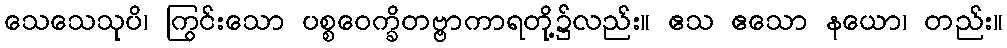
သေသေသုပိ၊ ကြွင်းသော ပစ္စဝေက္ခိတဗ္ဗာကာရတို့၌လည်း။ ဧသ ဧသော နယော၊ တည်း။